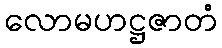
လောမဟဋ္ဌဇာတံ